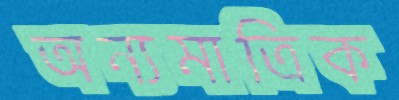
অন্যমাত্রিক